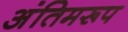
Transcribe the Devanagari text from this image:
अंतिमरूप